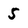
Character: 5